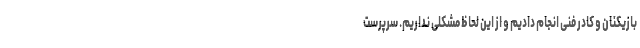
بازیکنان و کادر فنی انجام دادیم و از این لحاظ مشکلی نداریم. سرپرست